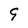
Character: 9